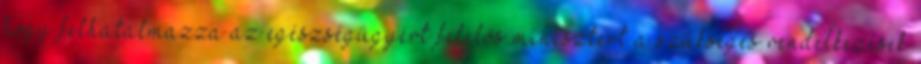
hogy felhatalmazza az egészségügyért felelős minisztert a szükséges rendelkezések